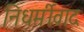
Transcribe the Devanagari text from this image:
निधर्मीवाद